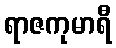
ရာဇကုမာရီ